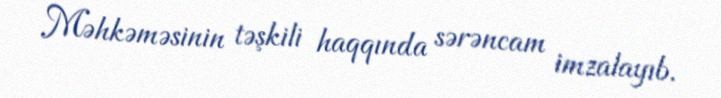
Məhkəməsinin təşkili haqqında sərəncam imzalayıb.